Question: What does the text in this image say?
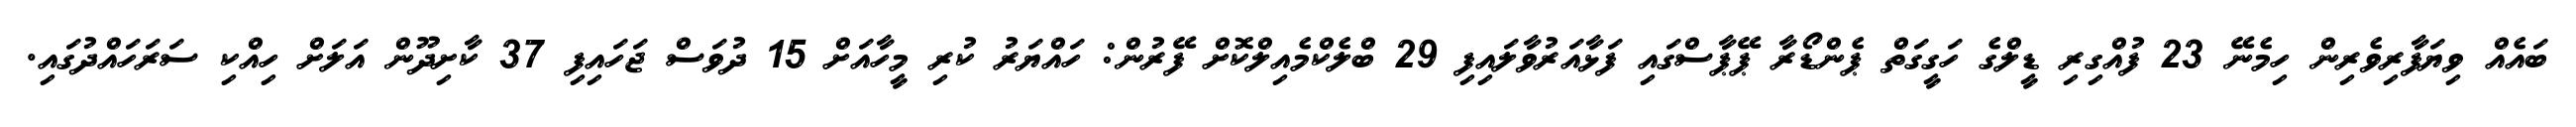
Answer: ބައެއް ވިޔަފާރިވެރިން ހިމެނޭ 23 ފުއްގިރި ޑީލްގެ ހަގީގަތް ޕެންޑޯރާ ޕޭޕާސްގައި ފަޅާއަރުވާލައިފި 29 ބްލެކްމެއިލްކޮށް ފޭރުން: ހައްޔަރު ކުރި މީހާއަށް 15 ދުވަސް ޖަހައިފި 37 ކާށިދޫން އަލަށް ހިއްކި ސަރަހައްދުގައި.